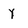
Character: y